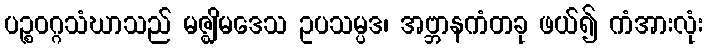
ပဉ္စဝဂ္ဂသံဃာသည် မဇ္ဈိမဒေသ ဥပသမ္ပဒ၊ အဗ္ဘာနကံတခု ဖယ်၍ ကံအားလုံး